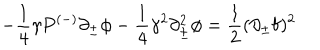
- \frac { 1 } { 4 } \gamma P ^ { ( - ) } \partial _ { \pm } \phi - \frac { 1 } { 4 } \gamma ^ { 2 } \partial _ { \pm } ^ { 2 } \phi = \frac { 1 } { 2 } ( \partial _ { \pm } { \bf f } ) ^ { 2 }